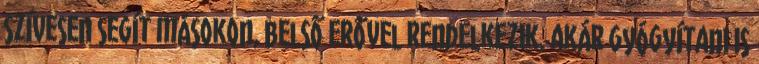
szívesen segít másokon, belső erővel rendelkezik, akár gyógyítani is